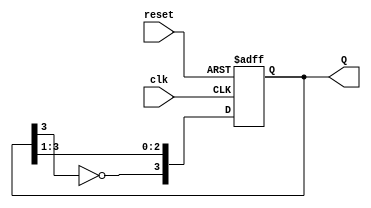
module JohnsonCounter #(parameter N = 4) (
    input wire clk,         // Clock signal
    input wire reset,       // Asynchronous reset signal
    output reg [N-1:0] Q    // Counter output
);

// Internal signal for feedback
wire feedback;

// Assign feedback as the inverted output of the last flip-flop
assign feedback = ~Q[N-1];

// Sequential logic for the Johnson counter
always @(posedge clk or posedge reset) begin
    if (reset) begin
        // Asynchronous reset
        Q <= 0; // Initialize counter to 0
    end else begin
        // Shift the state of the flip-flops
        Q <= {feedback, Q[N-1:1]};
    end
end

endmodule